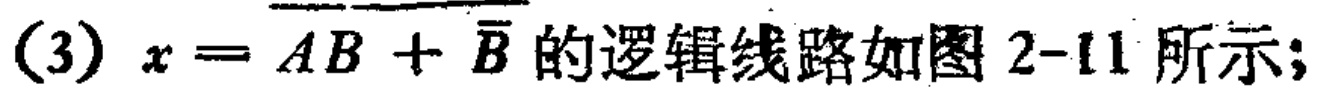
(3) \(x = \overline{AB}+\overline{B}\) 的逻辑线路如图 2-11 所示;